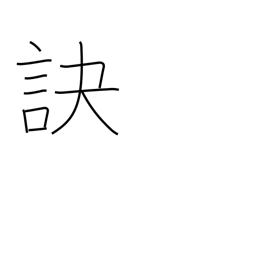
Meaning: part